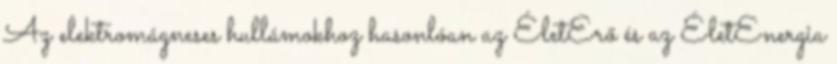
Az elektromágneses hullámokhoz hasonlóan az ÉletErő és az ÉletEnergia